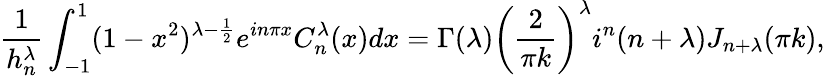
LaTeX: \frac{1}{h_{n}^{\lambda}}\int_{-1}^{1}(1-x^{2})^{\lambda-\frac{1}{2}}e^{in\pi x}C_{n}^{\lambda}(x)dx=\Gamma(\lambda)\bigg(\frac{2}{\pi k}\bigg)^{\lambda}i^{n}(n+\lambda)J_{n+\lambda}(\pi k),